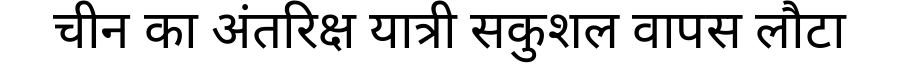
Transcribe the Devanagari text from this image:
चीन का अंतरिक्ष यात्री सकुशल वापस लौटा